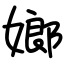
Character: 嫏